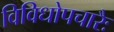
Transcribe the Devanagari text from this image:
विविधोपचारैः